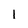
Character: l